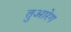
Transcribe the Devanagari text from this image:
तुआरेग